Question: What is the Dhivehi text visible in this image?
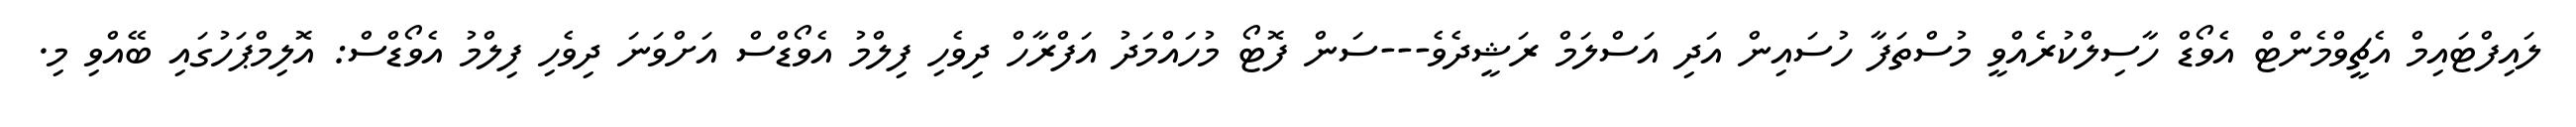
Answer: ލައިފްޓައިމް އެޗީވްމެންޓް އެވޯޑް ހާސިލްކުރެއްވީ މުސްތަފާ ހުސައިން އަދި އަސްލަމް ރަޝީދެވެ---ސަން ފޮޓޯ މުހައްމަދު އަފްރާހް ދިވެހި ފިލްމު އެވޯޑްސް އަށްވަނަ ދިވެހި ފިލްމު އެވޯޑްސް: އޮލިމްޕަހުގައި ބޭއްވި މި.